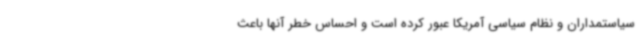
سیاستمداران و نظام سیاسی آمریکا عبور کرده است و احساس خطر آنها باعث